Eesti_Toorahva_Kommuun, lk 46
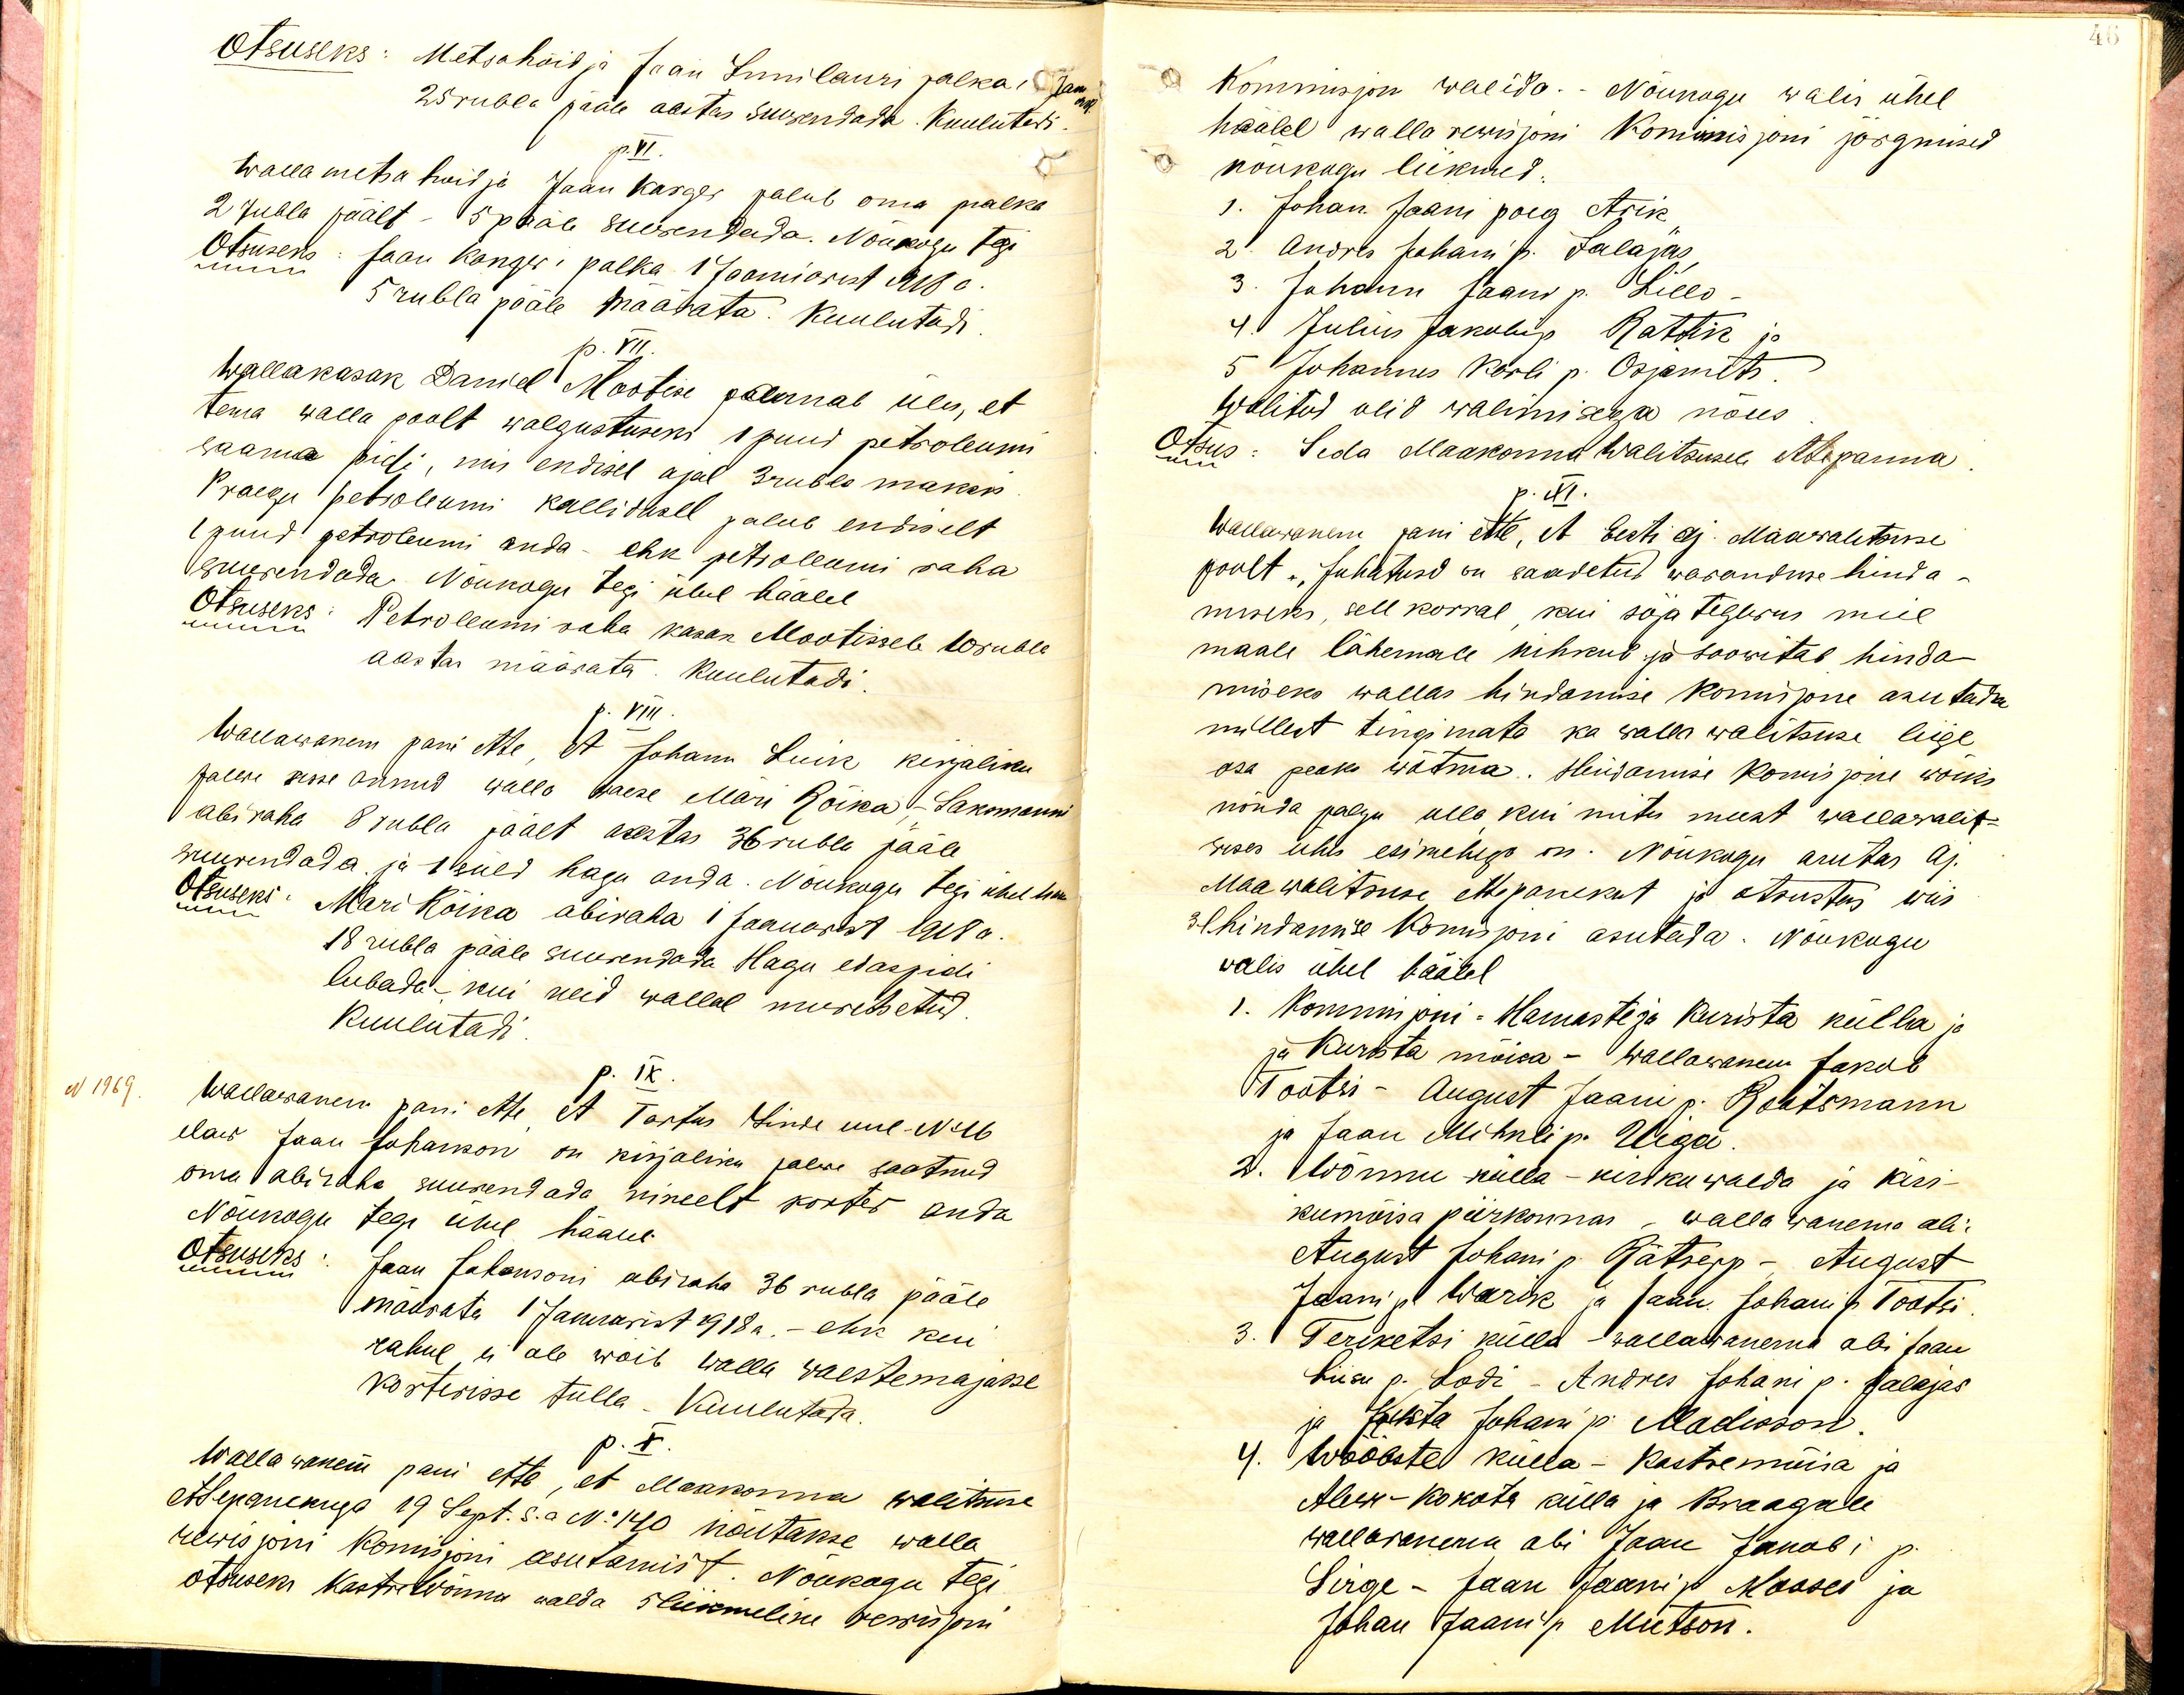
Otsuseks: Metsahoidja Jaan Junilauri palka 1 Jan
25 rubla pääle aastas suurendada. Kuulutadi
p.VI.
Walla metsa hoidja Jaan Kargei palub oma palka
2 rubla päält - 5 pääle suurendada. Nõukogu tegi
Otsuseks: Jaan Kanges-palka 1 Jaaniasest 1918 a.
5 rubla pääle määrata. Kuulutudi
p.VII.
Wallakasak Daniel Mootise plumab üles, et
tema walla poolt walgustuseks 1 puud petroleumi
saama pidi, mis endisel ajal 3 rubla maksis
Praegu petroleumi kallidaal palub endiselt
1 puud petroleumi anda ehk petroleumi raha
suurendada. Nõukogu tegi ühel häälel
Otsuseks: Petroleumi vaba kasak Mootissele 10 rubla
aastas määrata. Kuulutadi
p. VIII.
Wallawanem pani ette, et Johann Luik kirjaliku
palwe sisse annud walla naese Mari Rõika, - Lakamanni
abiraha 8 rubla päält aastas 36 rubla pääle
suurendada ja 1 süld hagu anda. Nõukogu tegi ühel haa
Otsuseks: Mari Rõika abiraha 1 Januarist 1918 a.
18 rubla pääle suurendada Hagu edaspidi
lubada kui neid wallal muretsetud.
Kuulutadi
N 1969
p. IX
Wallawanem pani ette et Tartus Linna uue-N 46
elaw Jaan Juhanson on kirjaliku palwe saatnud
oma abiraha suurendada nimelt korter anda
Nõukogu tegi ühel häälel
Otsuseks: Jaan Johansoni abiraha 36 rubla pääle
maksata 1 Januarist 1918 a. - ehk kui
rahul ei ole wõib walla waestemajasse
korterisse tulla. Kuulutada
p. X.
Wallawanem pani ette et Maakonna walitsuse
ettepanekuga 19 Sept. s.a. No 140 näitakse walla
rewisjoni Komisjoni asutamist. Nõukogu tegi
otsuseks Kastre Wõnnu walda 5 liikmeline rewisjoni

Kommisjon walida. Nõukogu walis ühel
häälel walla rewisjoni Kommisjoni järgmised
nõukogu liikmed:
1. Johan Jaani poeg Arik
2. Andres Johani p. Jalajas,
3. Johann Jaani p. Lillo
4. Julius Jakubi p. Rattik ja
5 Johannes Kooli p. Osjamets.
Walitud olid walimisega nõus
Otsus: Seda Maakonna Walitsusele ettepanna
p. XI.
Wallawanem pani ette, et Eesti aj. Maawalitsuse
poolt, Juhatused on saadetud waranduse hinda-
miseks sell korral, kui sõja tegewus meie
maale lähemale nihkub ja soowitab hinda-
miseks wallas hindamise komisjone asutada
millest tingimata ka walla walitsuse liige
osa peaks wõtma. Hindamise komisjone wõiks
nõnda palju olla kui mitu meest wallawalit-
suses ühes esimehega on. Nõukogu arutas aj.
Maa walitsuse ettepanekut ja otsustus uus
31 hindamise Komisjoni asutada. Nõukugu
walis ühel häälel
1. Kommisjoni - Hamaste ja Kurista külla ja
ja Kurista mõisa - Wallawanem Jakob
Tootsi - August Jaani p. Rootsmann
ja Jaan Mihkli p. Uiga
2. Wõnnu külla - kirku walda ja kiri-
kumõisa piirkonnas walla wanema abi
August Johani p. Rätsepp -, August
Jaani p. Warik ja Jaan Johani p. Tootsi
3. Teriketsi külla wallawanema abi Jaan
Liisu p. Lodi - Andres Johani p. Jalajas
ja Jakta Juhani p. Madisson.
4. Wööbste külla-Kastse mõisa ja
Aleeri-Kokota külla ja Braagale
wallawanema abi Jaan Jakobi p.
Sirge - Jaan Jaani p Mosses ja
Johan Jaani p Mutson.